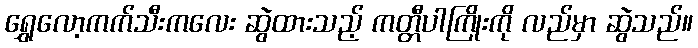
ရွှေလော့ကက်သီးကလေး ဆွဲထားသည့် ကတ္တီပါကြိုးကို လည်မှာ ဆွဲသည်။